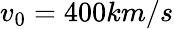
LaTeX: v_{0}=400km/s